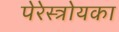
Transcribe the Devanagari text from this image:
पेरेस्त्रोयका